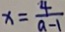
x = \frac { 4 } { a - 1 }